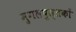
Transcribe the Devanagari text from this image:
मुगलपुस्तकों